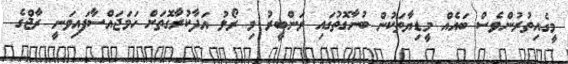
މީގެއިތުރުންވެސް ބައެއް މީޑިޔާތަކުން ބުނާގޮތުގައި ރަންބީރު މި ރޯލު އަދާކުރާގޮތަށް ހަމަޖައްސާފައިވަނީ ރާޖްގެ